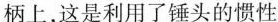
柄上，这是利用了锤头的惯性